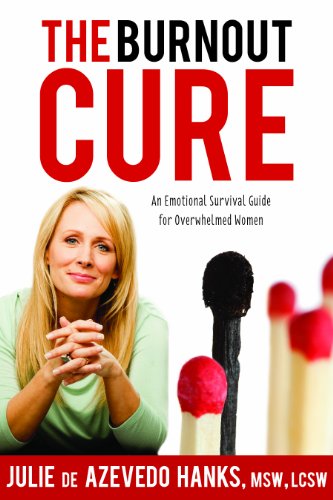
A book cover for The Burnout Cure: An Emotional Survival Guide for Overwhelmed Women; Julie de Azevedo Hanks; Christian Books & Bibles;